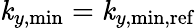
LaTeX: \mathit{k}_{y,\mathrm{{min}}}=\mathit{k}_{y,\mathrm{{min,ref}}}